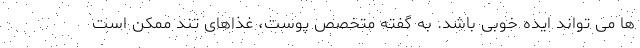
ها می تواند ایده خوبی باشد. به گفته متخصص پوست، غذاهای تند ممکن است